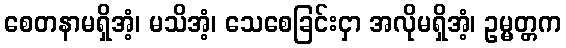
စေတနာမရှိအံ့၊ မသိအံ့၊ သေစေခြင်းငှာ အလိုမရှိအံ့၊ ဥမ္မတ္တက